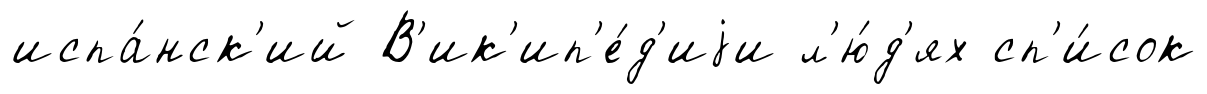
испа́нск'ий В'ик'ип'е́д'иjи л'ю́д'ях сп'и́сок